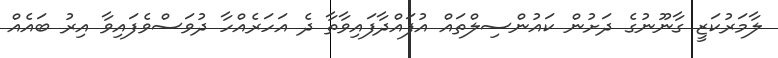
ލާމަރުކަޒީ ގާނޫނުގެ ދަށުން ކައުންސިލްތައް އުފައްދާފައިވާތާ ދެ އަހަރެއްހާ ދުވަސްވެފައިވާ އިރު ބައެއް